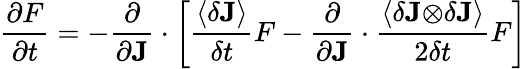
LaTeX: \frac{\partial F}{\partial t}=-\frac{\partial}{\partial\mathbf{J}}\cdot\left[\frac{\left\langle\delta\mathbf{J}\right\rangle}{\delta t}F-\frac{\partial}{\partial\mathbf{J}}\cdot\frac{\left\langle\delta\mathbf{J\otimes}\delta\mathbf{J}\right\rangle}{2\delta t}F\right]